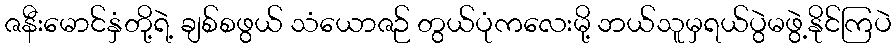
ဇနီးမောင်နှံတို့ရဲ့ ချစ်စဖွယ် သံယောဇဉ် တွယ်ပုံကလေးမို့ ဘယ်သူမှရယ်ပွဲမဖွဲ့နိုင်ကြပဲ